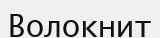
Волокнит